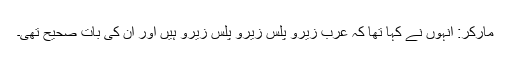
مارکر: انہوں نے کہا تھا کہ عرب زیرو پلس زیرو پلس زیرو ہیں اور ان کی بات صحیح تھی۔